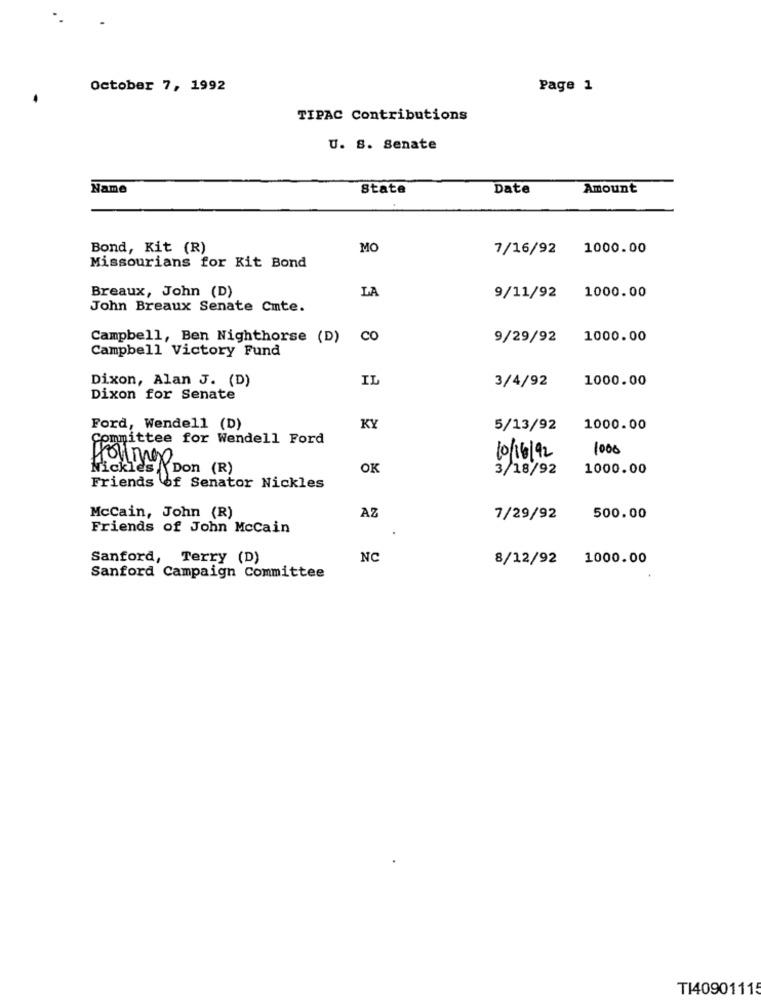
October 7, 1992
Page 1
TIPAC Contributions
U. S. Senate
Name
State
Date
Amount
Bond, Kit (R)
MO
7/16/92 1000.00
Missourians for Kit Bond
Breaux, John (D)
LA
9/11/92 1000.00
John Breaux Senate Cmte.
Campbell, Ben Nighthorse (D)
CO
9/29/92 1000.00
Campbell Victory Fund
Dixon, Alan J. (D)
IL
3/4/92
1000.00
Dixon for Senate
Ford, Wendell (D)
KY
5/13/92
1000.00
Committee for Wendell Ford
1000
Holmes
10/16/92
Nickles Don (R)
OK
3/18/92
1000.00
Friends of Senator Nickles
AZ
McCain, John (R)
7/29/92
500.00
Friends of John Mccain
Sanford, Terry (D)
NC
8/12/92 1000.00
Sanford Campaign Committee
TI40901115